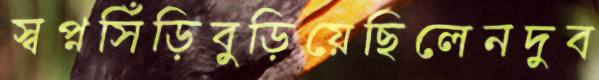
স্বপ্নসিঁড়িবুড়িয়েছিলেনদুব